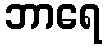
ဘာရေ